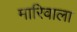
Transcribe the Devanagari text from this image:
मारिवाला